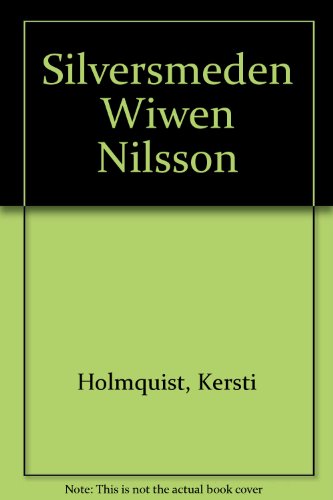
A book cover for Silversmeden Wiwen Nilsson (Swedish Edition); Kersti Holmquist; History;